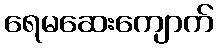
ရေမဆေးကျောက်